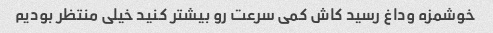
خوشمزه وداغ رسید کاش کمی سرعت رو بیشتر کنید خیلی منتظر بودیم